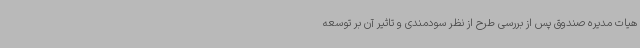
هیات مدیره صندوق پس از بررسی طرح از نظر سودمندی و تاثیر آن بر توسعه